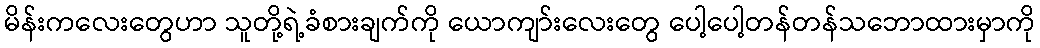
မိန်းကလေးတွေဟာ သူတို့ရဲ့ခံစားချက်ကို ယောကျာ်းလေးတွေ ပေါ့ပေါ့တန်တန်သဘောထားမှာကို